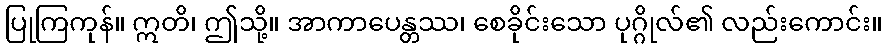
ပြုကြကုန်။ ဣတိ၊ ဤသို့။ အာကာပေန္တဿ၊ စေခိုင်းသော ပုဂ္ဂိုလ်၏ လည်းကောင်း။